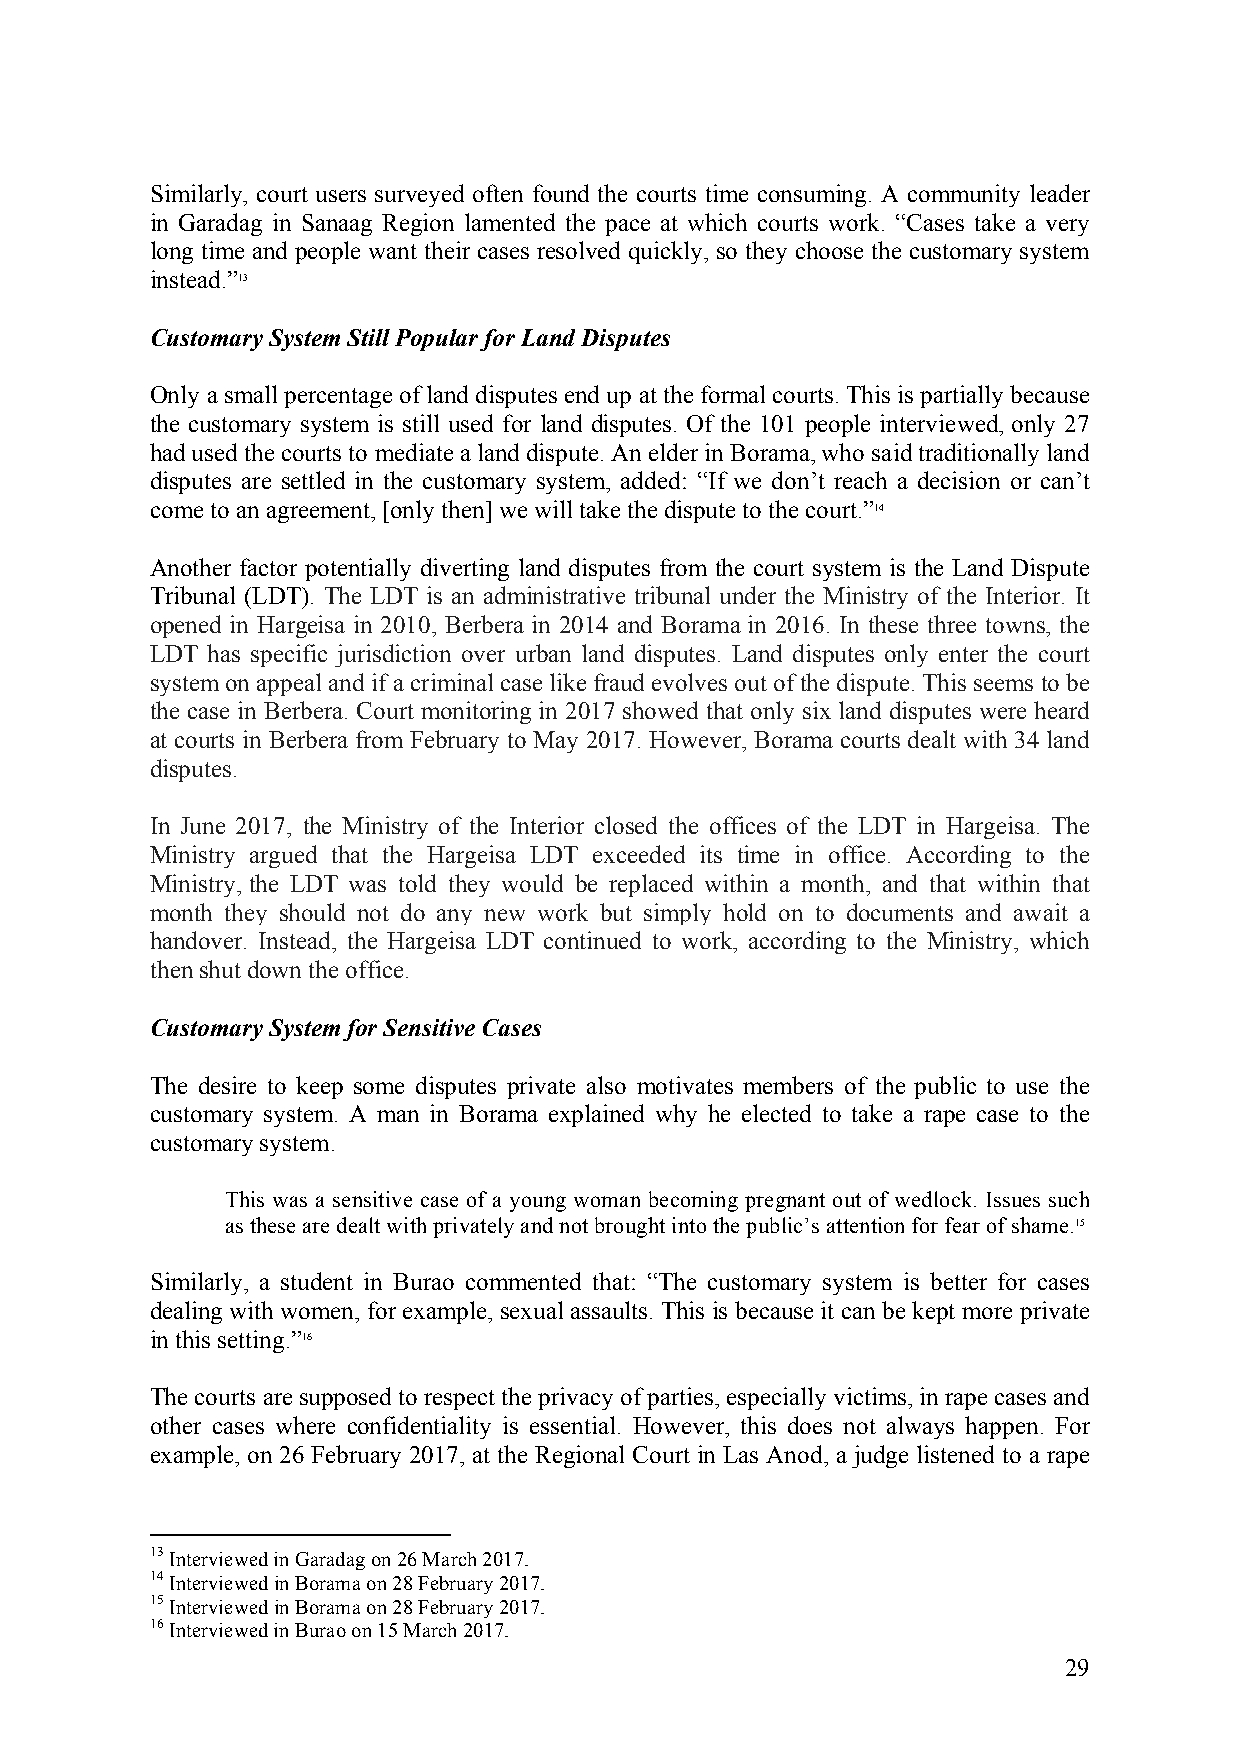
Similarly, court users surveyed often found the courts time consuming. A community leader
 in Garadag in Sanaag Region lamented the pace at which courts work. “Cases take a very
 long time and people want their cases resolved quickly, so they choose the customary system
 instead.”13
 Customary System Still Popular for Land Disputes
 Only a small percentage of land disputes end up at the formal courts. This is partially because
 the customary system is still used for land disputes. Of the 101 people interviewed, only 27
 had used the courts to mediate a land dispute. An elder in Borama, who said traditionally land
 disputes are settled in the customary system, added: “If we don’t reach a decision or can’t
 come to an agreement, [only then] we will take the dispute to the court.”14
 Another factor potentially diverting land disputes from the court system is the Land Dispute
 Tribunal (LDT). The LDT is an administrative tribunal under the Ministry of the Interior. It
 opened in Hargeisa in 2010, Berbera in 2014 and Borama in 2016. In these three towns, the
 LDT has specific jurisdiction over urban land disputes. Land disputes only enter the court
 system on appeal and if a criminal case like fraud evolves out of the dispute. This seems to be
 the case in Berbera. Court monitoring in 2017 showed that only six land disputes were heard
 at courts in Berbera from February to May 2017. However, Borama courts dealt with 34 land
 disputes.
 In June 2017, the Ministry of the Interior closed the offices of the LDT in Hargeisa. The
 Ministry argued that the Hargeisa LDT exceeded its time in office. According to the
 Ministry, the LDT was told they would be replaced within a month, and that within that
 month they should not do any new work but simply hold on to documents and await a
 handover. Instead, the Hargeisa LDT continued to work, according to the Ministry, which
 then shut down the office.
 Customary System for Sensitive Cases
 The desire to keep some disputes private also motivates members of the public to use the
 customary system. A man in Borama explained why he elected to take a rape case to the
 customary system.
 This was a sensitive case of a young woman becoming pregnant out of wedlock. Issues such
 as these are dealt with privately and not brought into the public’s attention for fear of shame.15
 Similarly, a student in Burao commented that: “The customary system is better for cases
 dealing with women, for example, sexual assaults. This is because it can be kept more private
 in this setting.”16
 The courts are supposed to respect the privacy of parties, especially victims, in rape cases and
 other cases where confidentiality is essential. However, this does not always happen. For
 example, on 26 February 2017, at the Regional Court in Las Anod, a judge listened to a rape
 13 Interviewed in Garadag on 26 March 2017.
 14 Interviewed in Borama on 28 February 2017.
 15 Interviewed in Borama on 28 February 2017.
 16 Interviewed in Burao on 15 March 2017.
 29